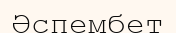
Әспембет